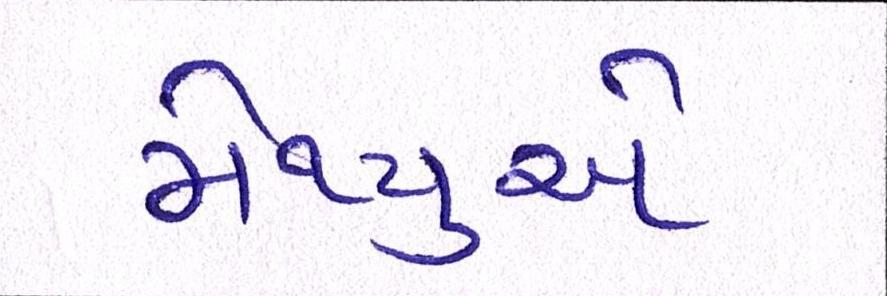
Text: મેથ્યુએ